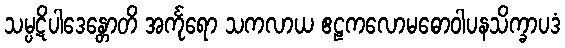
သမ္ပဋိပါဒေန္တောတိ အင်္ကုရော သကလာယ ဧဠကလောမဓောဝါပနသိက္ခာပဒံ